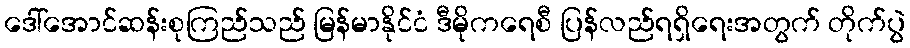
ဒေါ်အောင်ဆန်းစုကြည်သည် မြန်မာနိုင်ငံ ဒီမိုကရေစီ ပြန်လည်ရရှိရေးအတွက် တိုက်ပွဲ